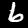
Label: 6